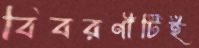
বিবরণীটিই